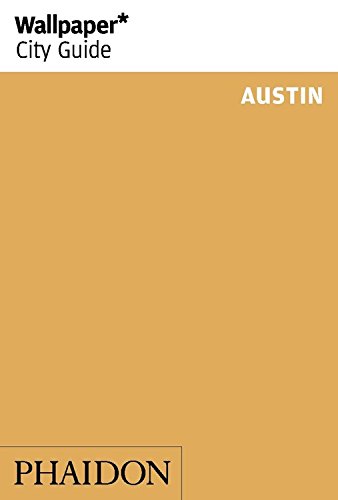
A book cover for Wallpaper* City Guide Austin; Travel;